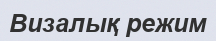
Визалық режим